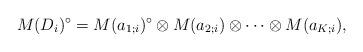
LaTeX: \begin{align*}M(D_i)^\circ=M(a_{1;i})^\circ\otimes M(a_{2;i})\otimes\cdots\otimes M(a_{K;i}),\end{align*}